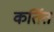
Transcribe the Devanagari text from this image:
कर्तित